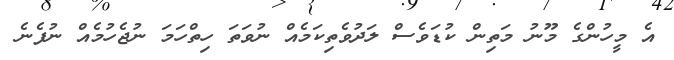
އެ މީހުންގެ މޫނު މަތިން ކުޑަވެސް ލަދުވެތިކަމެއް ނުވަތަ ހިތްހަމަ ނުޖެހުމެއް ނުފެނެ